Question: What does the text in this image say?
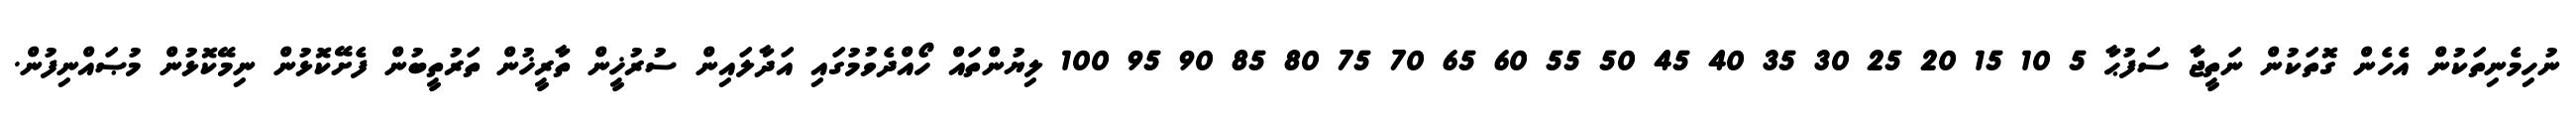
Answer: ނުހިމެނިތަކުން އެހެން ގޮތަކުން ނަތީޖާ ސަފުޙާ 5 10 15 20 25 30 35 40 45 50 55 60 65 70 75 80 85 90 95 100 ލިޔުންތައް ހޯއްދެވުމުގައި އަދާލައިން ސުރުޚީން ތާރީޚުން ތަރުތީބުން ފެށޭކޮޅުން ނިމޭކޮޅުން މުޞައްނިފުން.